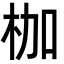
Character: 枷